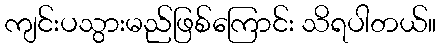
ကျင်းပသွားမည်ဖြစ်ကြောင်း သိရပါတယ်။